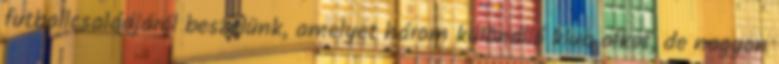
futballcsaládjáról beszélünk, amelyet három különálló klub alkot, de nagyon